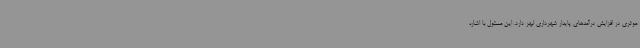
موثری در افزایش درآمدهای پایدار شهرداری ابهر دارد. این مسئول با اشاره